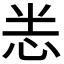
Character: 𭜧